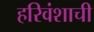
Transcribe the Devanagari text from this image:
हरिवंशाची